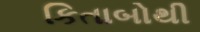
કિતાબોથી